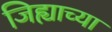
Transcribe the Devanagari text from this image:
जिह्याच्या